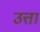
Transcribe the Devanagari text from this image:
उत्ता